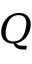
Q